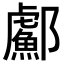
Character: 𬪣